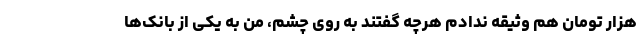
هزار تومان هم وثیقه ندادم هرچه گفتند به روی چشم، من به یکی از بانک‌ها